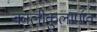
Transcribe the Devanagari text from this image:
कालीकुलार्णव